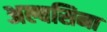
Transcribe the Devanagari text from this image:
अल्बसिना